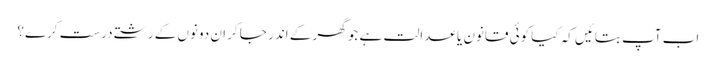
اب آپ بتائیں کہ کیا کوئی قانون یا عدالت ہے جو گھر کے اندر جا کر ان دونوں کے رشتے درست کرے؟